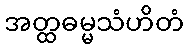
အတ္ထဓမ္မသံဟိတံ